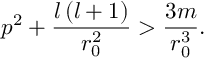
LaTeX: p ^ { 2 } + \frac { l \left( l + 1 \right) } { r _ { 0 } ^ { 2 } } > \frac { 3 m } { r _ { 0 } ^ { 3 } } .